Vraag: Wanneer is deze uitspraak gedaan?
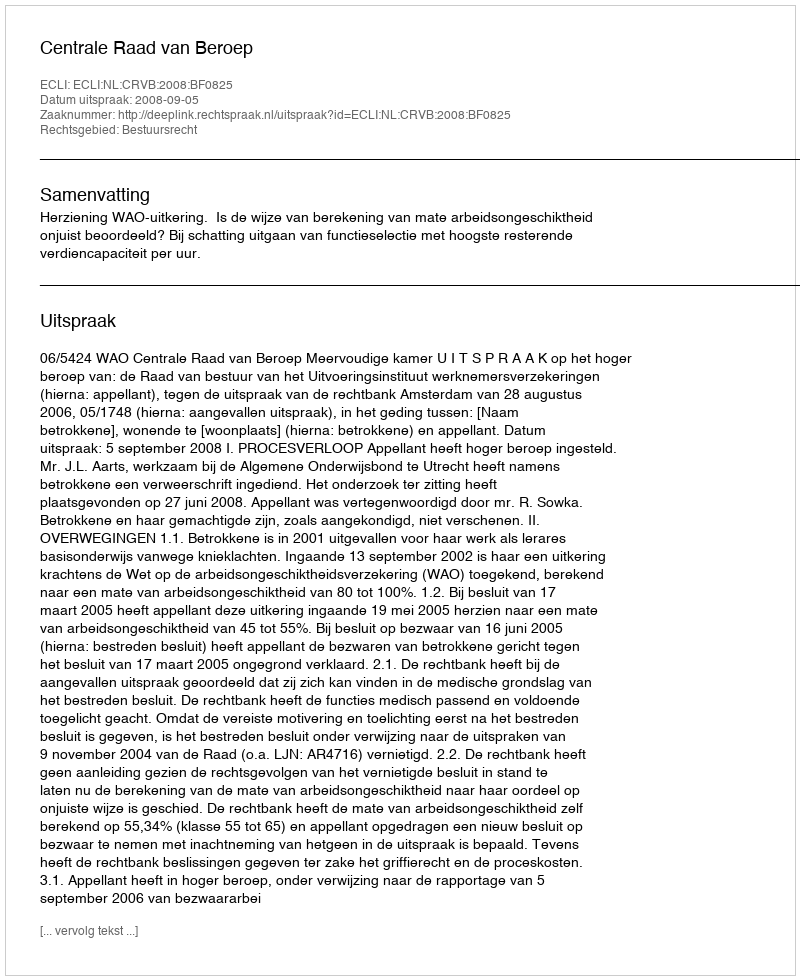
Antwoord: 2008-09-05